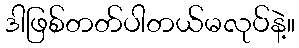
ဒါဖြစ်တတ်ပါတယ်မလုပ်နဲ့။